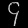
Digit: ၄